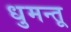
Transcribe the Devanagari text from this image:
धुमन्तू